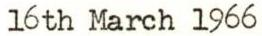
16th March 1966